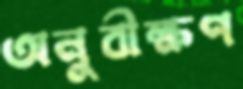
অনুবীক্ষণ